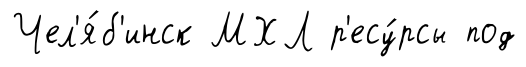
Чел'я́б'инск МХЛ р'есу́рсы под